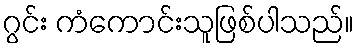
ဂွင်း ကံကောင်းသူဖြစ်ပါသည်။